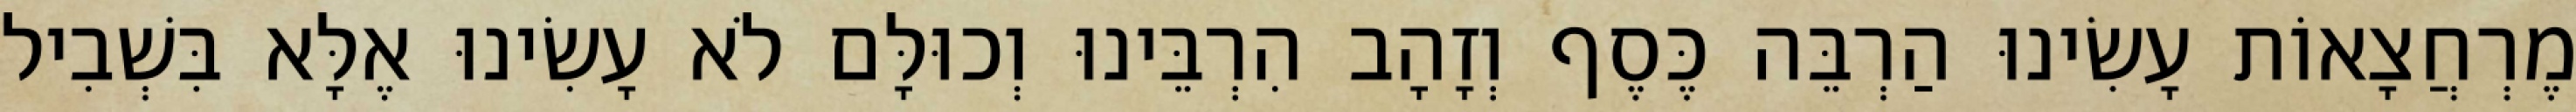
מֶרְחֲצָאוֹת עָשִׂינוּ הַרְבֵּה כֶּסֶף וְזָהָב הִרְבֵּינוּ וְכוּלָּם לֹא עָשִׂינוּ אֶלָּא בִּשְׁבִיל